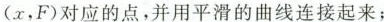
(x，F)对应的点，并用平滑的曲线连接起来；